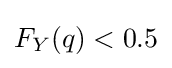
F_{Y}(q)<0.5